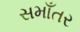
સમાઁતર